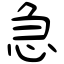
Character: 急